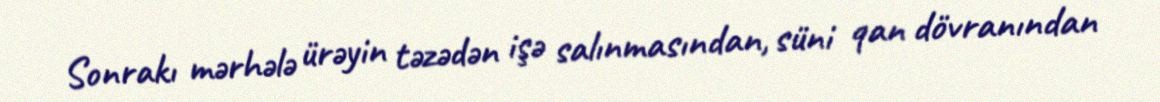
Sonrakı mərhələ ürəyin təzədən işə salınmasından, süni qan dövranından